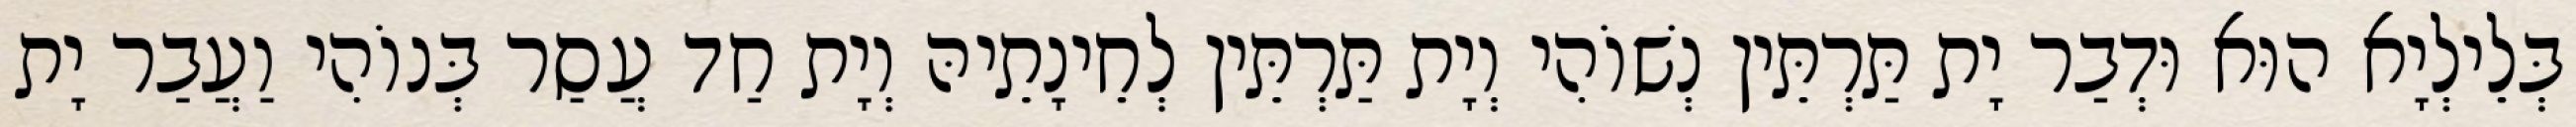
בְּלֵילְיָא הוּא וּדְבַר יָת תַּרְתֵּין נְשׁוֹהִי וְיָת תַּרְתֵּין לְחֵינָתֵיהּ וְיָת חַד עֲסַר בְּנוֹהִי וַעֲבַר יָת